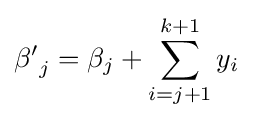
{\beta '}_{j}=\beta _{j}+\sum _{i=j+1}^{k+1}y_{i}